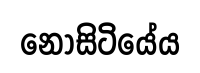
නොසිටියේය